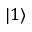
| 1 \rangle